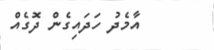
އާމެދު ހަދައިގެން ދޮގެއް